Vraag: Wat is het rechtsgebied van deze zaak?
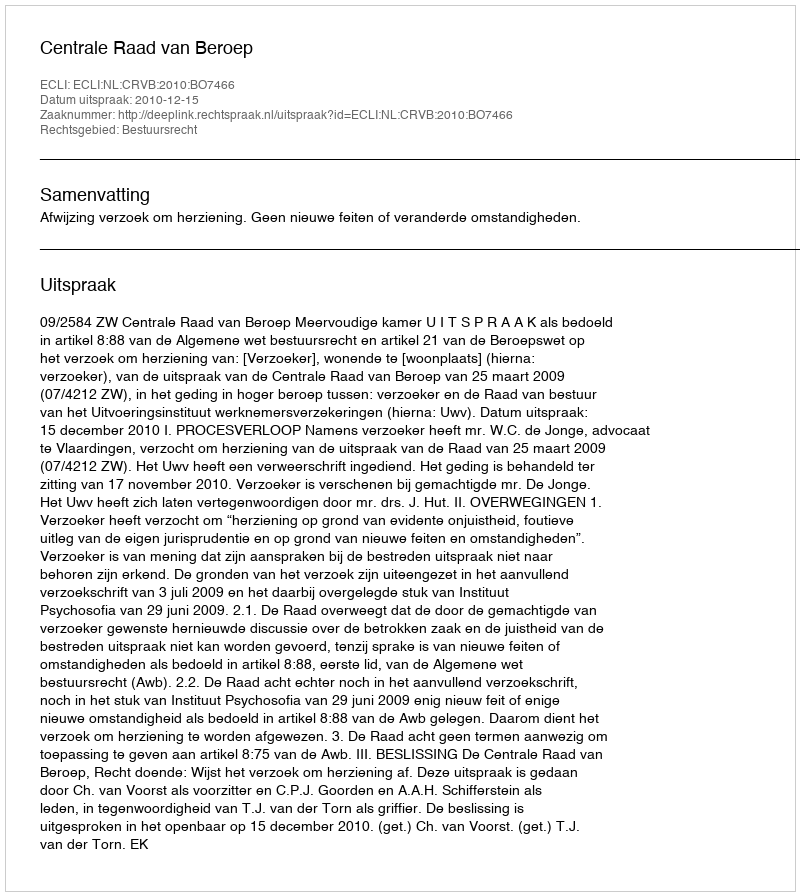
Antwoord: Bestuursrecht